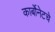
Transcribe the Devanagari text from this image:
कार्बोनेटचे